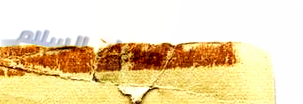
معرض السلام